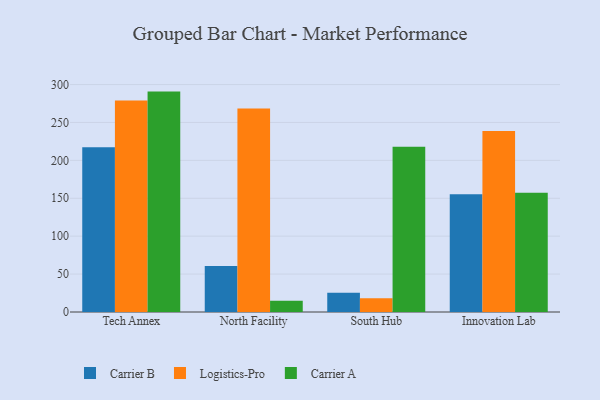
{"axis": {"x": "Campus", "y": "Customer Acquisition Cost (USD)"}, "legend": ["Carrier A", "Carrier B", "Logistics-Pro"], "data": [{"x": "Tech Annex", "y": 217.4, "type": "Carrier B"}, {"x": "Tech Annex", "y": 278.8, "type": "Logistics-Pro"}, {"x": "Tech Annex", "y": 290.7, "type": "Carrier A"}, {"x": "North Facility", "y": 60.6, "type": "Carrier B"}, {"x": "North Facility", "y": 268.3, "type": "Logistics-Pro"}, {"x": "North Facility", "y": 14.7, "type": "Carrier A"}, {"x": "South Hub", "y": 25.3, "type": "Carrier B"}, {"x": "South Hub", "y": 18.0, "type": "Logistics-Pro"}, {"x": "South Hub", "y": 218.0, "type": "Carrier A"}, {"x": "Innovation Lab", "y": 155.4, "type": "Carrier B"}, {"x": "Innovation Lab", "y": 238.7, "type": "Logistics-Pro"}, {"x": "Innovation Lab", "y": 157.3, "type": "Carrier A"}]}